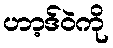
ဟာ့ဒ်ဝဲကို